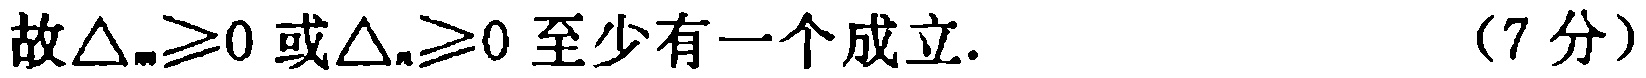
故\(\triangle_{m}\geq0\)或\(\triangle_{n}\geq0\)至少有一个成立. （7分）